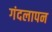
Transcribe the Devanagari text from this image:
गंदलापन